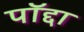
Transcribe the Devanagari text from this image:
पॉद्दा